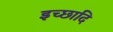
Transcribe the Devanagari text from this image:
इच्छादि